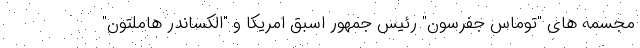
مجسمه های "توماس جفرسون" رئیس جمهور اسبق امریکا و "الکساندر هاملتون"